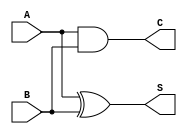
`timescale 1ns / 1ps
//////////////////////////////////////////////////////////////////////////////////
// Company: 
// Engineer: 
// 
// Design Name: 
// Module Name: my_hadder
// Project Name: 
// Target Devices: 
// Tool Versions: 
// Description: 
// 
// Dependencies: 
// 
// Revision:
// Revision 0.01 - File Created
// Additional Comments:
// 
//////////////////////////////////////////////////////////////////////////////////


module my_hadder(
    input A, B,
    output S,
    output C
    );
assign S=A^B; 
assign C=A&B;    
endmodule